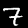
Label: 7